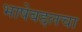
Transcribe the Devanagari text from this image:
भाषेबद्दलचा